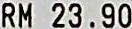
RM 23.90